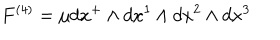
F ^ { \left( 4 \right) } = \mu d x ^ { + } \wedge d x ^ { 1 } \wedge d x ^ { 2 } \wedge d x ^ { 3 }